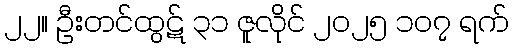
၂၂။ ဦးတင်ထွဋ် ၃၁ ဇူလိုင် ၂၀၂၅ ၁၀၇ ရက်